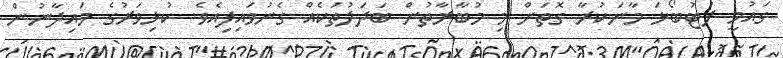
ގައުމީ ފުޓުބޯޅަ މާނަކުރާ ގޮތަށް މި މުބާރާތުން ބަދަލުތަކެއް ގެނުވައިފިއެވެ. ކުޅިވަރުގެ މައިދާނުން